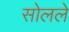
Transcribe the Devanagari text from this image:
सोलले